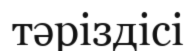
тәріздісі